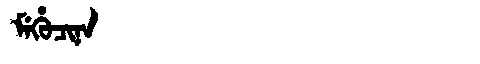
Manchu: ᠮᡝᡥᡠᠴᡳᠨᠠ
Romanization: MEHUCINA